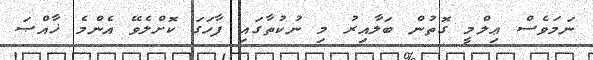
ނަމަވެސް ޢިލްމީ ގޮތުން ބަލާއިރު މި ނުކުތާގައި ފާހަގަ ކޮށްލެވޭ އެންމެ ޚާއްޞަ